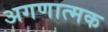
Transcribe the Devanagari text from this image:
अगणात्मक